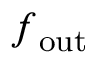
\boldsymbol { f } _ { \mathrm { o u t } }